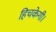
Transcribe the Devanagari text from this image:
हिचकेगी।